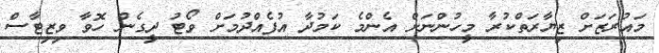
މައުރަޒަށް ޒިޔާރަތްކުރާ މީހުންނަށް އެންމެ ކަމުދާ އުފެއްދުމަށް ވޯޓު ދީގެން ހޮވާ ވިޒިޓާސް